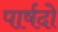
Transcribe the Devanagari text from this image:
पार्षदो